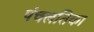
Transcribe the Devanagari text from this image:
पंचलतिका